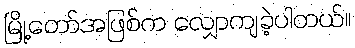
မြို့တော်အဖြစ်က လျှောကျခဲ့ပါတယ်။